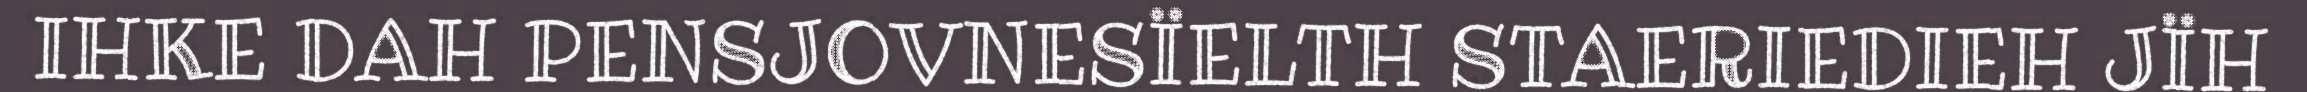
IHKE DAH PENSJOVNESÏELTH STAERIEDIEH JÏH